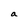
Character: a